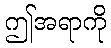
ဤအရာကို